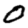
Digit: 0